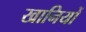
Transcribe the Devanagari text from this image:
खानियों